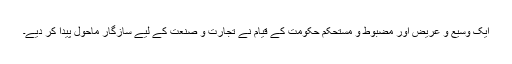
ایک وسیع و عریض اور مضبوط و مستحکم حکومت کے قیام نے تجارت و صنعت کے لیے سازگار ماحول پیدا کر دیے۔